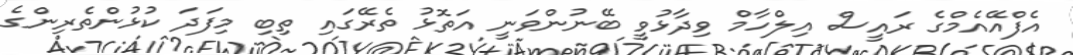
އެފްއޭއެމްގެ ރައީސް އިލްހާމް ވިދާޅުވީ ބޭނުންވަނީ އަތޮޅު ތެރޭގައި ތިބި މިފަދަ ކުޅުންތެރިންގެ